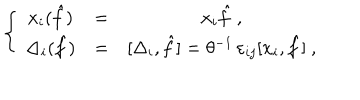
\left\{ ~ \begin{array} { c c c } { { x _ { i } ( \hat { f } ) } } & { { = } } & { { x _ { i } { \hat { f } } ~ , \nonumber } } \\ { { \Delta _ { i } ( { \hat { f } } ) } } & { { = } } & { { [ \Delta _ { i } , { \hat { f } } ] = \theta ^ { - 1 } \, \varepsilon _ { i j } [ x _ { i } , { \hat { f } } ] ~ , } } \\ \end{array} \right.